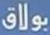
بولاق